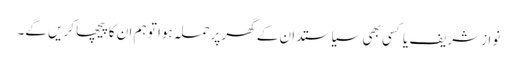
نوازشریف یا کسی بھی سیاستدا ن کے گھر پرحملہ ہوا تو ہم ان کا پیچھا کریں گے۔